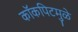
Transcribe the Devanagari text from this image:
कॉकपिटमुळे